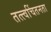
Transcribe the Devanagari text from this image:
तत्त्वचिंतनता